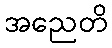
အညေတိ